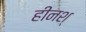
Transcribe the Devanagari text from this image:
हीनश्